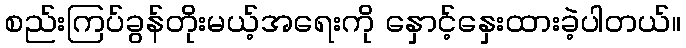
စည်းကြပ်ခွန်တိုးမယ့်အရေးကို နှောင့်နှေးထားခဲ့ပါတယ်။